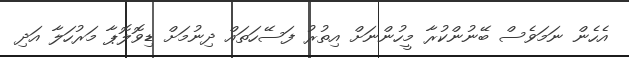
އެހެން ނަމަވެސް ބޭނުންކުރާ މީހުންނަށް އިތުރު ފަސޭހަތައް ދިނުމަށް ޑިވޮލޮޕާ މަރުހަލާ އަދި